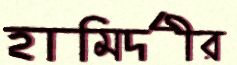
হামির্দীর